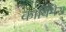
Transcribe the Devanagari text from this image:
कायिमेरा